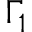
\Gamma _ { 1 }